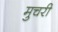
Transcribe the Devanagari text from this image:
मुचरी